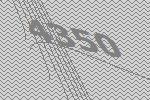
4350